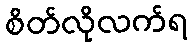
စိတ်လိုလက်ရ